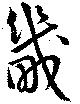
畿